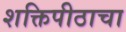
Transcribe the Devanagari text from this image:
शक्तिपीठाचा